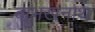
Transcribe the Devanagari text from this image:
बाभखनाथ